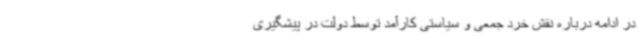
در ادامه درباره نقش خرد جمعی و سیاستی کارآمد توسط دولت در پیشگیری